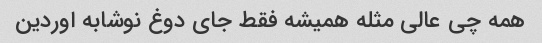
همه چی عالی مثله همیشه فقط جای دوغ نوشابه اوردین